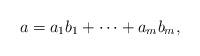
LaTeX: \begin{align*}a=a_1b_1+\cdots +a_mb_m,\end{align*}